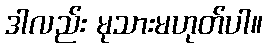
ဒါလည်း မုသားမဟုတ်ပါ။